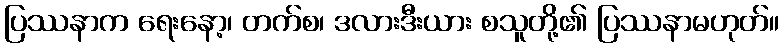
ပြဿနာက ရေးနော့၊ တက်စ၊ ဒလားဒီးယား စသူတို့၏ ပြဿနာမဟုတ်။